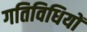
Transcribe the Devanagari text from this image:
गतिविधियों